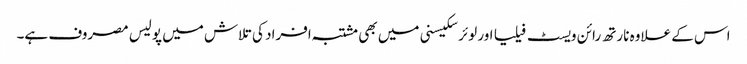
اس کے علاوہ نارتھ رائن ویسٹ فیلیا اور لوئر سکیسنی میں بھی مشتبہ افراد کی تلاش میں پولیس مصروف ہے۔